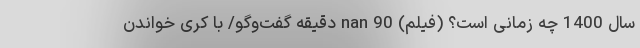
سال 1400 چه زمانی است؟ (فیلم) nan 90 دقیقه گفت‌وگو/ با کُری خواندن